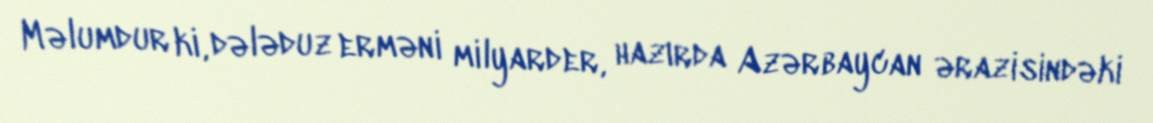
Məlumdur ki, dələduz erməni milyarder, hazırda Azərbaycan ərazisindəki